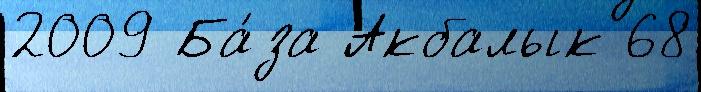
2009 Ба́за Акбалык 68